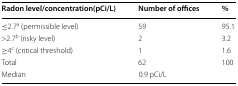
<table><thead><tr><td><b>Radon level/concentration(pCi/L)</b></td><td><b>Number of offices</b></td><td><b>%</b></td></tr></thead><tbody><tr><td>≤2.7<sup>a</sup> (permissible level)</td><td>59</td><td>95.1</td></tr><tr><td>&gt;2.7<sup>b</sup> (risky level)</td><td>2</td><td>3.2</td></tr><tr><td>≥4<sup>c</sup> (critical threshold)</td><td>1</td><td>1.6</td></tr><tr><td>Total</td><td>62</td><td>100</td></tr><tr><td>Median</td><td>0.9 pCi/L</td><td></td></tr></tbody></table>